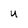
Character: U